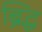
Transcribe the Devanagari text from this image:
ब्रिद्ध